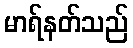
မာရ်နတ်သည်